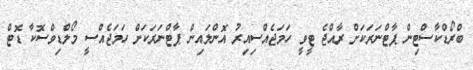
ބްރޯޑްކާސްޓިން ޕާޓްނަރަކަށް ރާއްޖެ ޓީވީ ހަމަޖެއްސިއިރު އޮންލައިން ޕާޓްނަރަކަށް ހަމަޖެއްސީ މޯލްޑިވްސޮޮކާ ޑޮޓް